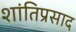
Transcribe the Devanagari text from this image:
शांतिप्रसाद